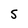
Character: S